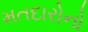
મતદારોનો